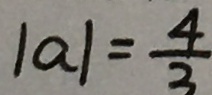
\vert a \vert = \frac { 4 } { 3 }